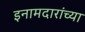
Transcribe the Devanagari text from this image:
इनामदारांच्या